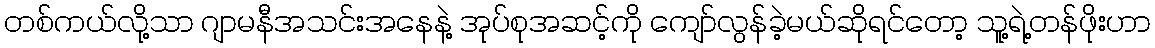
တစ်ကယ်လို့သာ ဂျာမနီအသင်းအနေနဲ့ အုပ်စုအဆင့်ကို ကျော်လွန်ခဲ့မယ်ဆိုရင်တော့ သူ့ရဲ့တန်ဖိုးဟာ